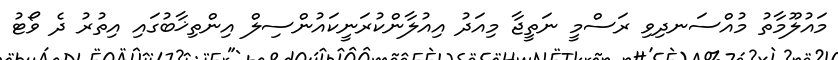
މައުލޫމާތު މުއްސަނދިވި ރަސްމީ ނަތީޖާ މިއަދު އިއުލާންކުރަނީކައުންސިލް އިންތިޚާބުގައި އިތުރު ދެ ވޯޓު